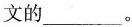
文的_____。